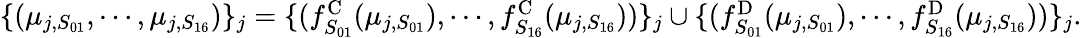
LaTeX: \begin{array}{r}{\{ (\mu_{j,S_{01}},\cdots,\mu_{j,S_{16}})\} _{j}=\{ (f_{S_{01}}^{\mathrm{C}}(\mu_{j,S_{01}}),\cdots,f_{S_{16}}^{\mathrm{C}}(\mu_{j,S_{16}}))\} _{j}\cup\{ (f_{S_{01}}^{\mathrm{D}}(\mu_{j,S_{01}}),\cdots,f_{S_{16}}^{\mathrm{D}}(\mu_{j,S_{16}}))\} _{j}.}\end{array}